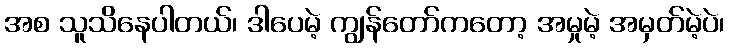
အစ သူသိနေပါတယ်၊ ဒါပေမဲ့ ကျွန်တော်ကတော့ အမှုမဲ့ အမှတ်မဲ့ပဲ၊